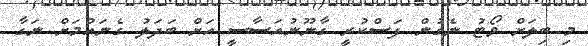
މި ބިލަށް ވޯޓު ނެގުން ފަސްކުރީ ގާނޫނުއަސާސީ އަށް ބަދަލު ގެނައުމަށް ނަގާ